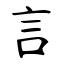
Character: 言